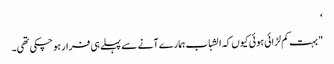
‘
" بہت کم لڑائی ہوئی کیوں کہ الشباب ہمارے آنے سے پہلے ہی فرار ہو چکی تھی۔